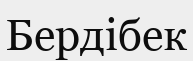
Бердібек